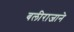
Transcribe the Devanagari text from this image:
बलीराजाने